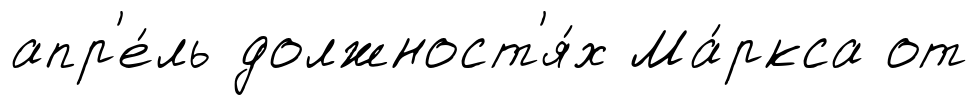
апр'е́ль должност'я́х Ма́ркса от